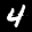
Label: 4